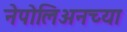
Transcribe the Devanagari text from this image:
नेपोलिअनच्या